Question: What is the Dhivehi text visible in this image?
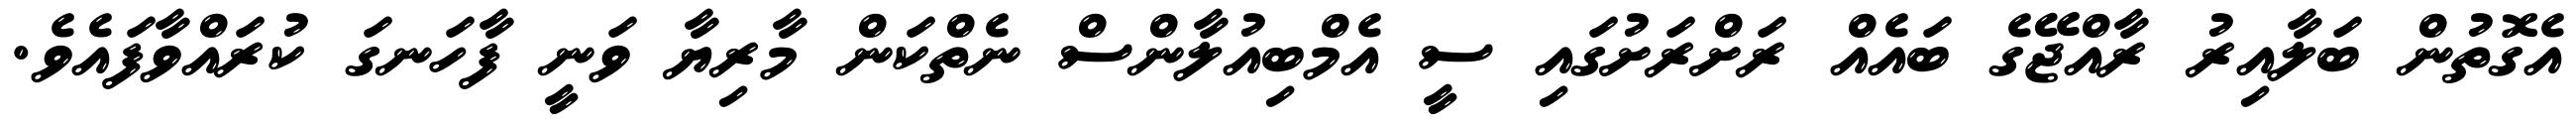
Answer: އެގޮތުން ބަލާއިރު ރާއްޖޭގެ ބައެއް ރަށްރަށުގައި ސީ އެމްބިއުލާންސް ނެތްކަން މާރިޔާ ވަނީ ފާހަނގަ ކުރައްވާފައެވެ.